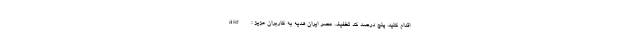
اقدام کنید. پنج درصد کد تخفیف عصر ایران هدیه به کاربران عزیز : asr